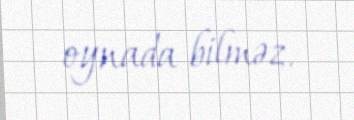
oynada bilməz.